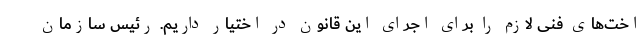
اخت‌های فنی لازم را برای اجرای این قانون در اختیار داریم. رئیس سازمان